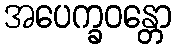
အပေက္ခဝန္တော